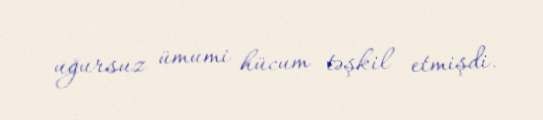
uğursuz ümumi hücum təşkil etmişdi.